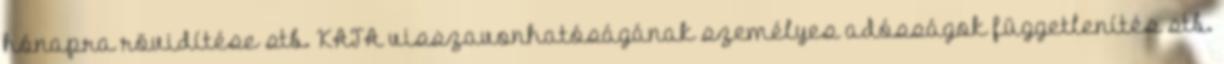
hónapra rövidítése stb. KATA visszavonhatóságának személyes adósságok függetlenítés stb.